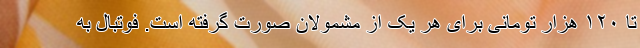
تا ۱۲۰ هزار تومانی برای هر یک از مشمولان صورت گرفته است. فوتبال به